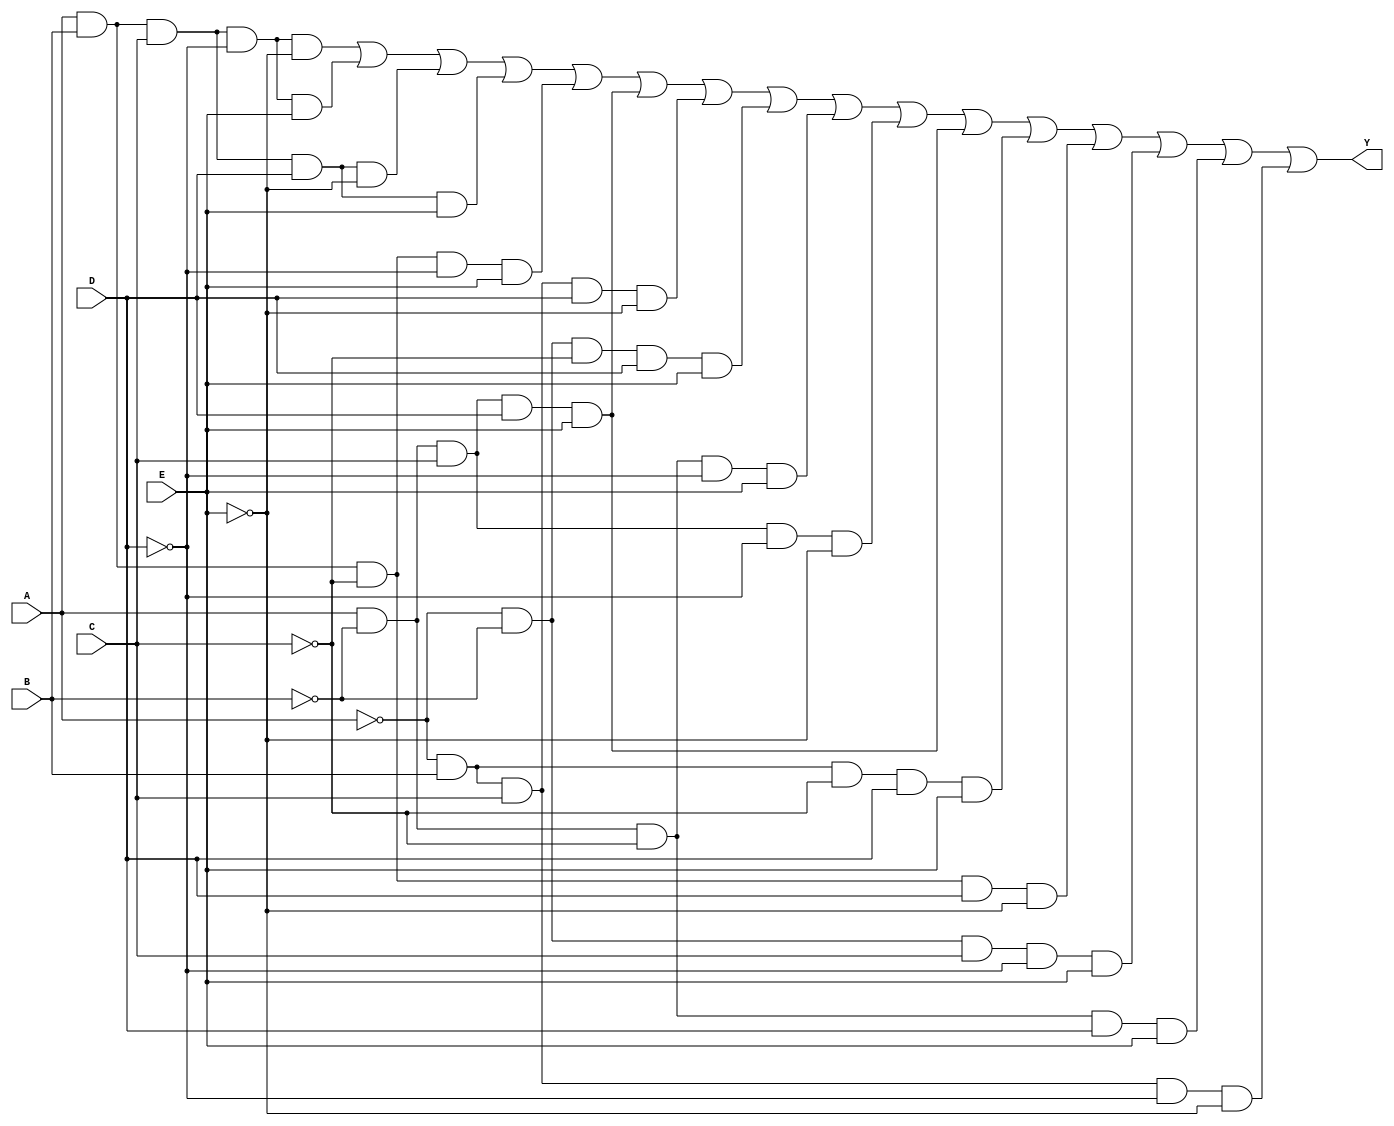
module five_variable_kmap (
    input wire A,  // Input variable A
    input wire B,  // Input variable B
    input wire C,  // Input variable C
    input wire D,  // Input variable D
    input wire E,  // Input variable E
    output wire Y  // Output Y
);

// Define the K-map based on the truth table.
// Here, we assume a hypothetical K-map where certain minterms are defined as 1.
// You will need to replace the logic with the actual minterms based on your specific function.

assign Y = (A & B & C & ~D & ~E) |  // Minterm 0
           (A & B & C & ~D & E)  |  // Minterm 1
           (A & B & C & D & ~E)  |  // Minterm 2
           (A & B & C & D & E)   |  // Minterm 3
           (A & B & ~C & ~D & E)  | // Minterm 4
           (A & ~B & C & D & E)   | // Minterm 5
           (~A & B & C & D & ~E)  | // Minterm 6
           (~A & ~B & ~C & D & E) | // Minterm 7
           (A & ~B & ~C & ~D & E) | // Minterm 8
           (A & ~B & C & ~D & ~E) | // Minterm 9
           (A & ~B & C & D & E)   | // Minterm 10
           (~A & B & ~C & D & E)  | // Minterm 11
           (A & B & ~C & D & ~E)  | // Minterm 12
           (~A & ~B & C & ~D & E) | // Minterm 13
           (A & ~B & ~C & D & E)   | // Minterm 14
           (~A & B & C & ~D & ~E); // Minterm 15

endmodule